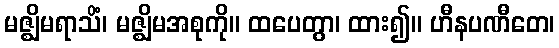
မဇ္ဈိမရာသိံ၊ မဇ္ဈိမအစုကို။ ထပေတွာ၊ ထား၍။ ဟီနပဏီတေ၊